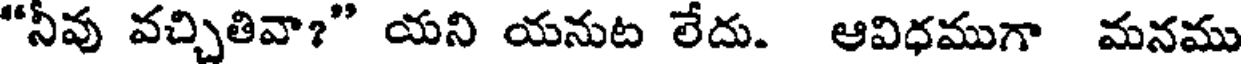
"నీవు వచ్చితివా?" యని యనుట లేదు. ఆవిధముగా మనము